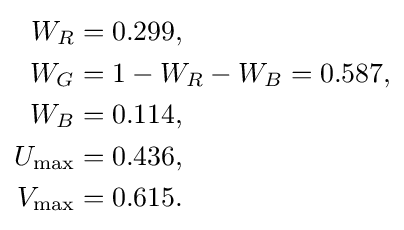
{\begin{aligned}W_{R}&=0.299,\\W_{G}&=1-W_{R}-W_{B}=0.587,\\W_{B}&=0.114,\\U_{\text{max}}&=0.436,\\V_{\text{max}}&=0.615.\end{aligned}}